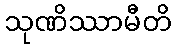
သုဏိဿာမီတိ